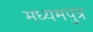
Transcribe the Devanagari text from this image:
मध्यमपुत्र